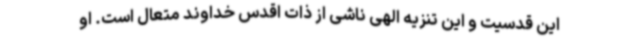
این قدسیت و این تنزیه الهی ناشی از ذات اقدس خداوند متعال است. او